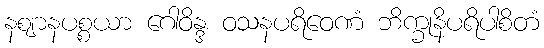
နဈာနပစ္စယာ ဂေါဝိန္ဒ ဝသနပရိဝေဏံ ဘိက္ခုနိပရိပါစိတံ